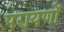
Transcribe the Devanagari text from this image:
परायणों